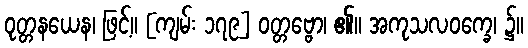
ဝုတ္တနယေန၊ ဖြင့်။ [ကျမ်း ၁၇၉] ဝတ္တဗ္ဗော၊ ၏။ အကုသလဝက္ခေ၊ ၌။